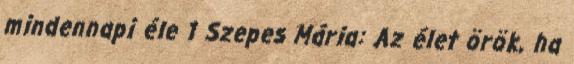
mindennapi éle 1 Szepes Mária: Az élet örök, ha